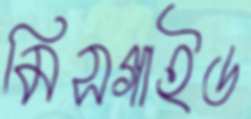
মিসগাইড